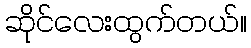
ဆိုင်လေးထွက်တယ်။